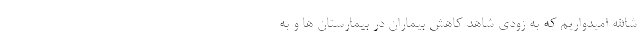
شاالله امیدواریم که به زودی شاهد کاهش بیماران در بیمارستان ها و به